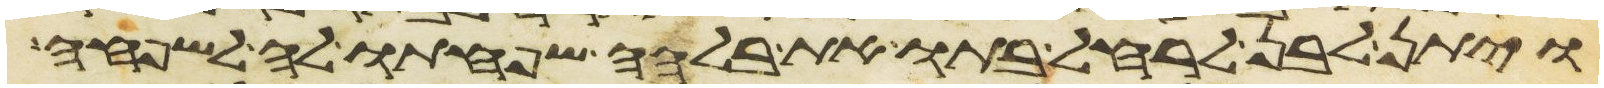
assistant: ויתן לבן לרחל בתו את בלהה שפחתו לה לשפחה